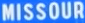
MISSOUR